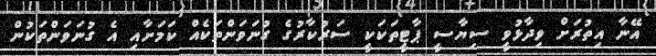
އޭނާ އިތުރަށް ވިދާޅުވީ ސިޔާސީ ޕާޓީތަކަކީ ސަރުކާރުގެ ގުނަވަންތަކެއް ކަމަށާއި އެ ގުނަވަންތަކުން